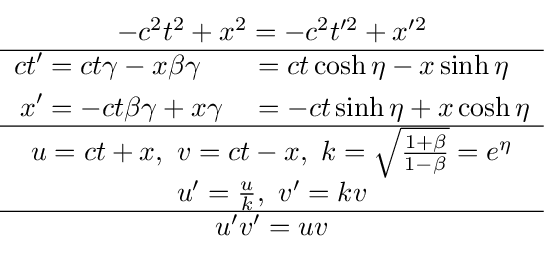
{\begin{matrix}-c^{2}t^{2}+x^{2}=-c^{2}t^{\prime 2}+x^{\prime 2}\\\hline {\begin{aligned}ct'&=ct\gamma -x\beta \gamma &&=ct\cosh \eta -x\sinh \eta \\x'&=-ct\beta \gamma +x\gamma &&=-ct\sinh \eta +x\cosh \eta \end{aligned}}\\\hline u=ct+x,\ v=ct-x,\ k={\sqrt {\tfrac {1+\beta }{1-\beta }}}=e^{\eta }\\u'={\frac {u}{k}},\ v'=kv\\\hline u'v'=uv\end{matrix}}